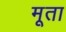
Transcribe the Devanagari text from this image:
मूता